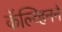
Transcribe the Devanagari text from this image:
कॅल्व्हिनने